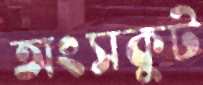
অংসকুট